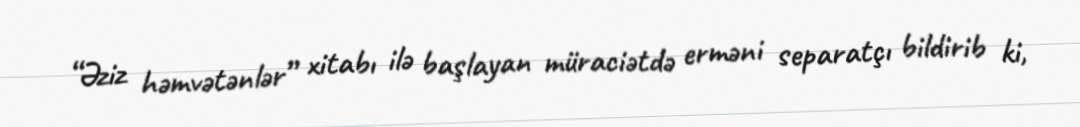
“Əziz həmvətənlər” xitabı ilə başlayan müraciətdə erməni separatçı bildirib ki,